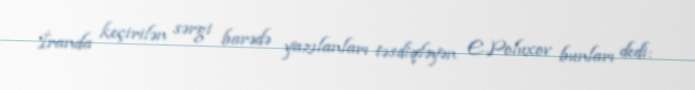
İranda keçirilən sərgi barədə yazılanları təsdiqləyən E.Poluxov bunları dedi: